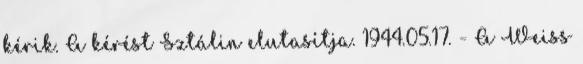
kérik. A kérést Sztálin elutasítja. 1944.05.17. - A Weiss